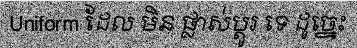
Uniform ដែល មិន ផ្លាស់ប្តូរ ទេ ដូច្នេះ